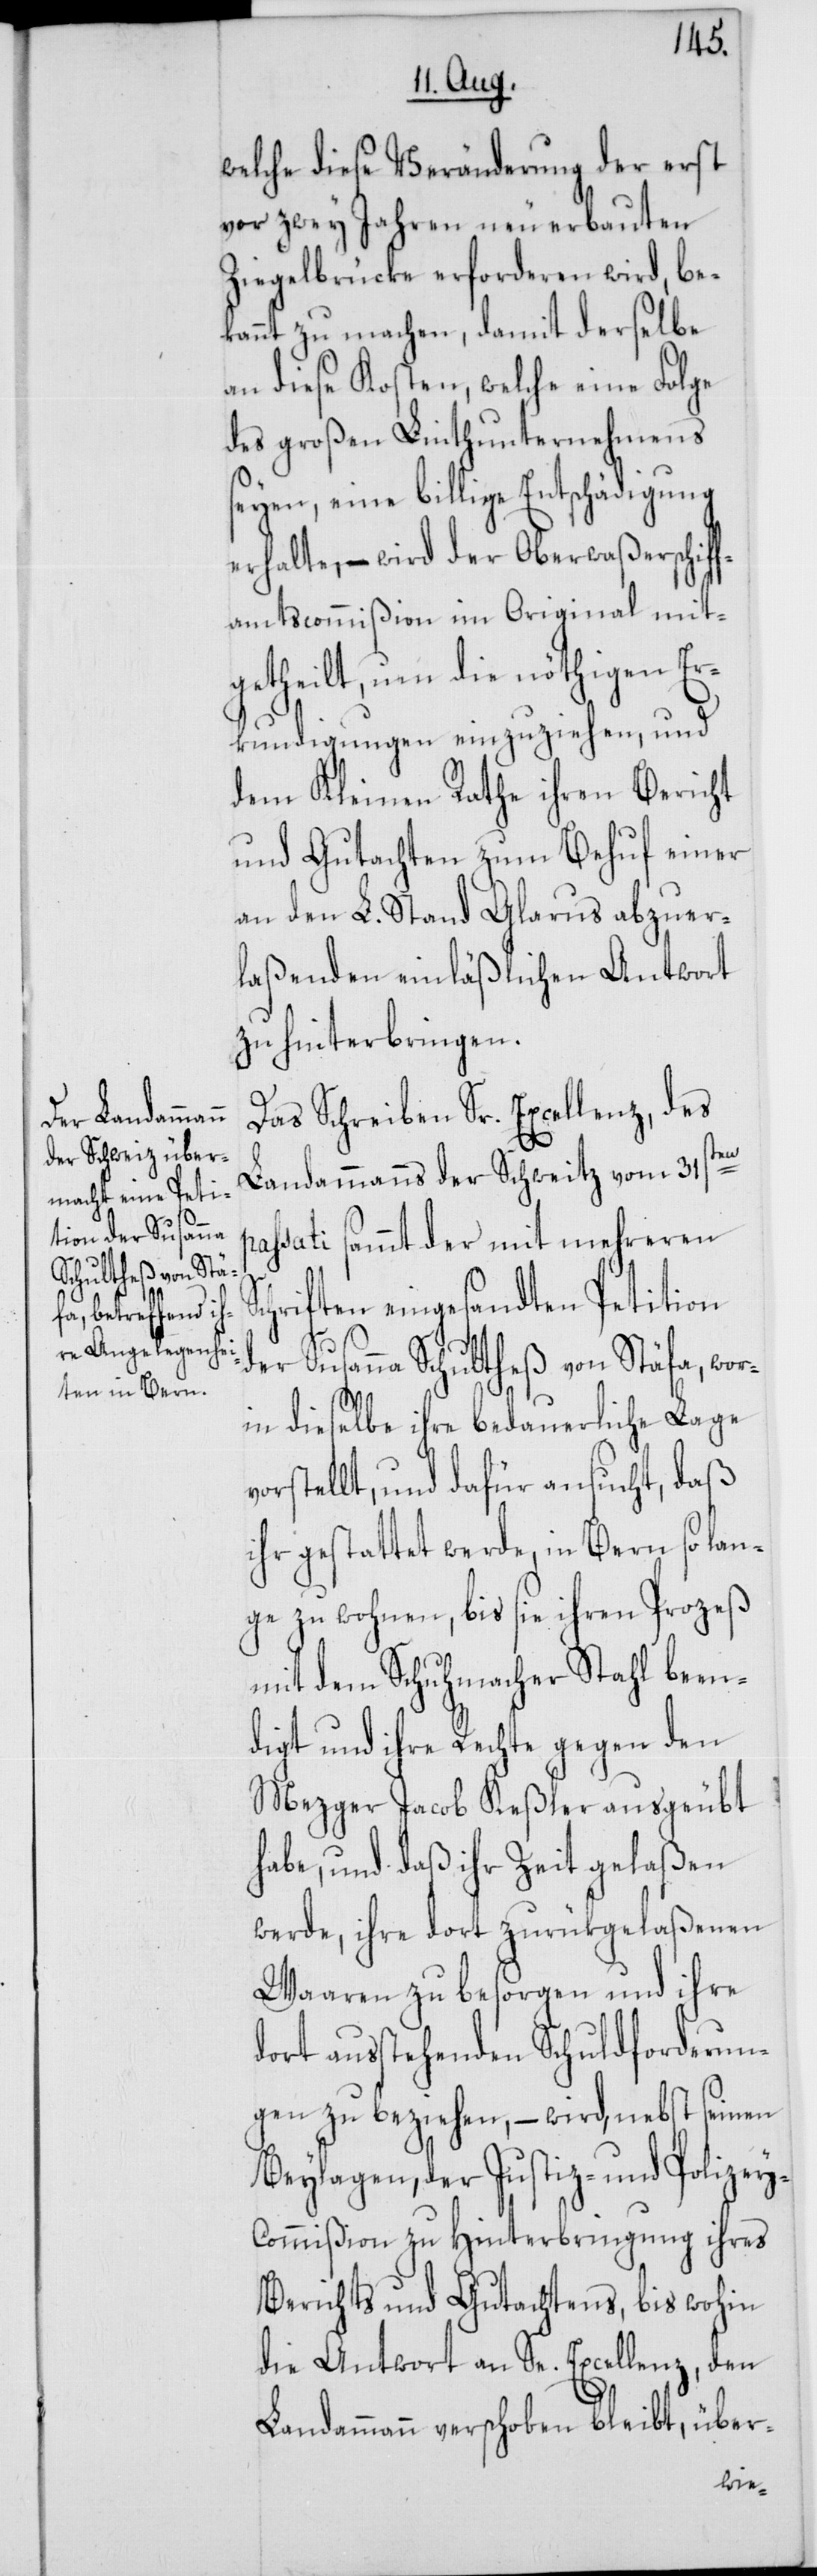
p¬
welche diese Veränderung der erst
vor zwey Jahren neu erbauten
Ziegelbrücke erforderen wird, be¬
kannt zu machen, damit derselbe
an diese Kosten, welche eine Folge
des großen Linthunternehmens
seyen, eine billige Entschädigung
erhalte, – wird der Oberwaßerschiff¬
amtscommißion im Original mit¬
getheilt, um die nöthigen Er¬
kundigungen einzuziehen, und
dem Kleinen Rathe ihren Bericht
und Gutachten zum Behuf einer
an den L. Stand Glarus abzuer¬
laßenden einläßlichen Antwort
zu hinterbringen.
Das Schreiben Sr. Excellenz, des
Landammanns der Schweitz vom 31sten
assati sammt der mit mehreren S¬
chriften eingesandten Petition
der Susanna Schultheß von Stäfa, wor¬
in dieselbe ihre bedauerliche Lage
vorstellt, und dafür ansucht, daß
ihr gestattet werde, in Bern so lan¬
ge zu wohnen, bis sie ihren Prozeß
mit dem Schuhmacher Stahl been¬
digt und ihre Rechte gegen den
Mezger Jacob Keßler ausgeübt
habe, und daß ihr Zeit gelaßen
werde, ihre dort zurükgelaßenen
Waaren zu besorgen und ihre
dort ausstehenden Schuldforderun¬
gen zu beziehen, – wird, nebst seinen
Beylaagen, der Justiz- und Polizey-C¬
ommißion zu Hinterbringung ihres
Berichts und Gutachtens, bis wohin
die Antwort an Se. Excellenz, den
Landammann verschoben bleibt, über-